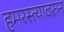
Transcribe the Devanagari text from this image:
हमरस्त्यावरुन